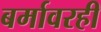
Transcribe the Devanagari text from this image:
बर्मावरही